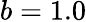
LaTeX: b=1.0